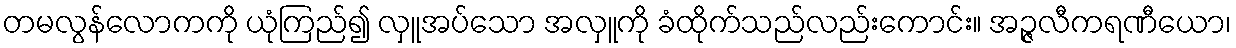
တမလွန်လောကကို ယုံကြည်၍ လှူအပ်သော အလှူကို ခံထိုက်သည်လည်းကောင်း။ အဉ္ဇလီကရဏီယော၊